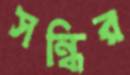
সন্ধির